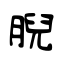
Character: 腉